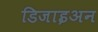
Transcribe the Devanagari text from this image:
डिजाइअन